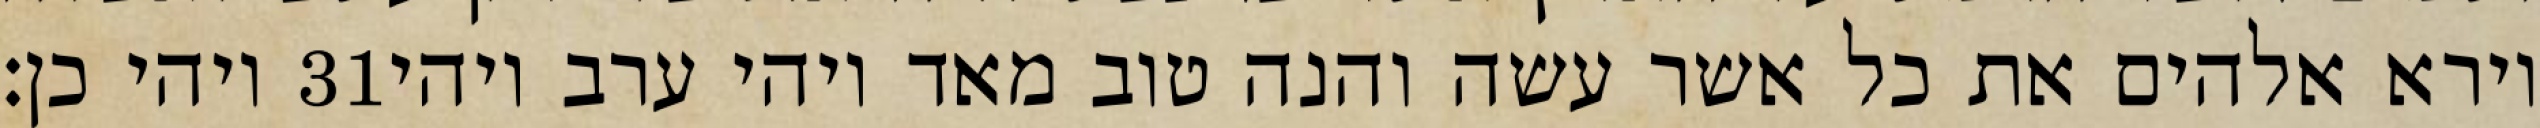
ויהי כן׃ ‎31‏ וירא אלהים את כל אשר עשה והנה טוב מאד ויהי ערב ויהי